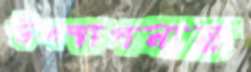
উপস্থাপনায়